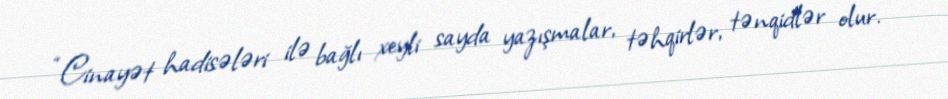
“Cinayət hadisələri ilə bağlı xeyli sayda yazışmalar, təhqirlər, tənqidlər olur.